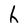
Character: h